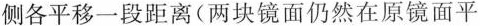
侧各平移一段距离(两块镜面仍然在原镜面平